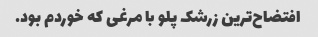
افتضاح‌ترین زرشک پلو با مرغی که خوردم بود.